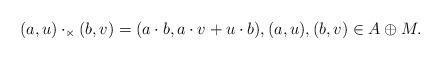
LaTeX: \begin{align*}(a, u) \cdot_\ltimes (b, v) = (a \cdot b, a \cdot v + u \cdot b), (a, u), (b, v) \in A \oplus M. \end{align*}